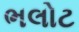
ભલોટ